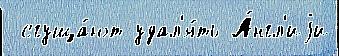
 сгуща́ют удал'я́ть А́нгл'иjи